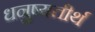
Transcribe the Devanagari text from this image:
धनुष्यतीर्थ